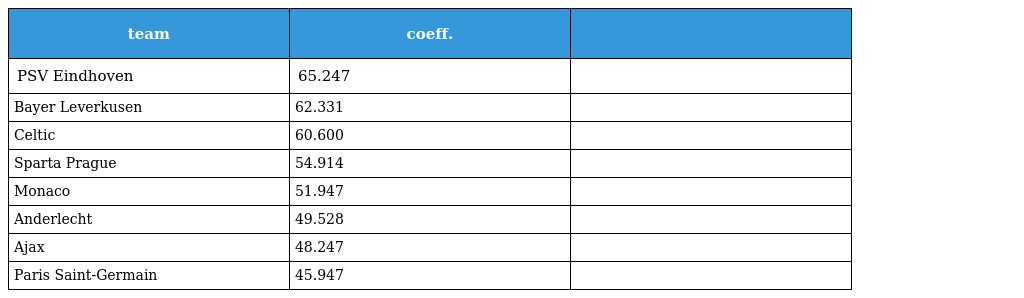
| team | coeff. |  |
 | --- | --- | --- |
 | PSV Eindhoven | 65.247 |  |
 | Bayer Leverkusen | 62.331 |  |
 | Celtic | 60.600 |  |
 | Sparta Prague | 54.914 |  |
 | Monaco | 51.947 |  |
 | Anderlecht | 49.528 |  |
 | Ajax | 48.247 |  |
 | Paris Saint-Germain | 45.947 |  |